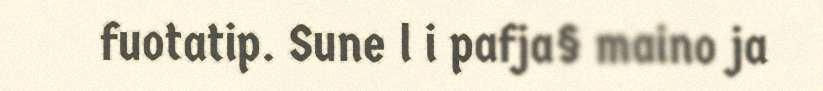
fuotatip. Sune l i pafja§ maino ja